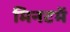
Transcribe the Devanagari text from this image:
मिनटमें